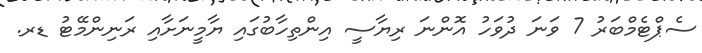
ސެޕްޓެމްބަރު 7 ވަނަ ދުވަހު އޮންނަ ރިޔާސީ އިންތިހާބުގައި ޔާމީނަށާއި ރަނިންމޭޓު ޑރ.